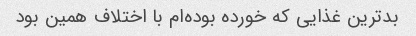
بدترین غذایی که خورده بوده‌ام با اختلاف همین بود